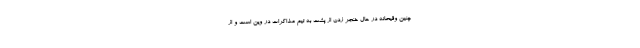
چنین وقیحانه در حال خنجر زدن از پشت به تیم مذاکرات در وین است و از